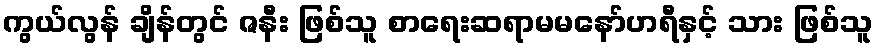
ကွယ်လွန် ချိန်တွင် ဇနီး ဖြစ်သူ စာရေးဆရာမမနော်ဟရီနှင့် သား ဖြစ်သူ